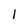
Character: I